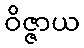
ဝိဇ္ဇာယ